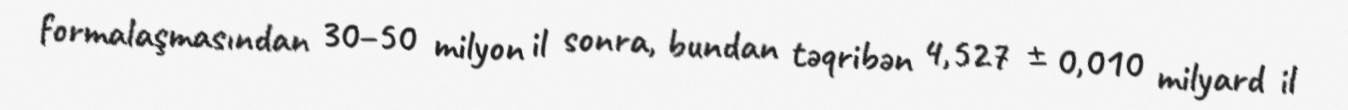
formalaşmasından 30–50 milyon il sonra, bundan təqribən 4,527 ± 0,010 milyard il